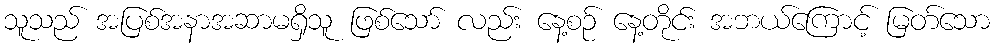
သူသည် အပြစ်အနာအဆာမရှိသူ ဖြစ်သော် လည်း နေ့စဉ် နေ့တိုင်း အဘယ်ကြောင့် မြတ်သော